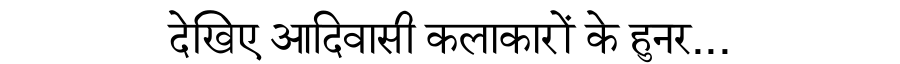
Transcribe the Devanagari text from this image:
देखिए आदिवासी कलाकारों के हुनर...